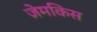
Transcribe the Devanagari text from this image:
ज़ेमकिस